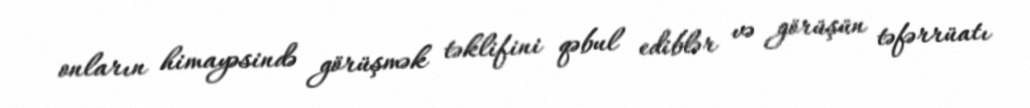
onların himayəsində görüşmək təklifini qəbul ediblər və görüşün təfərrüatı